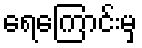
ရေကြောင်းမှ